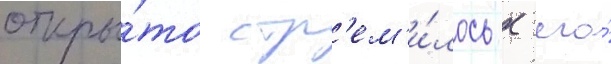
откры́то стр'ем'и́лось к его́